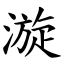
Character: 漩